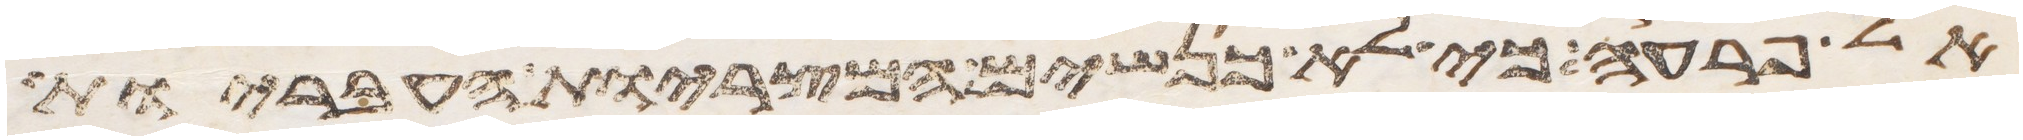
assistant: אל פרעה כי לא כנשים המצריות העבריות